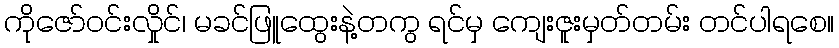
ကိုဇော်ဝင်းလှိုင်၊ မခင်ဖြူထွေးနဲ့တကွ ရင်မှ ကျေးဇူးမှတ်တမ်း တင်ပါရစေ။